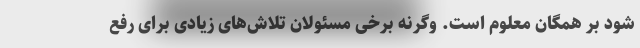
شود بر همگان معلوم است. وگر‌نه برخی مسئولان تلاش‌های زیادی برای رفع